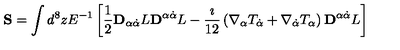
{ \bf S } = \int d ^ { 8 } z E ^ { - 1 } \left[ \frac { 1 } { 2 } { \bf D } _ { \alpha \dot { \alpha } } L { \bf D } ^ { \alpha \dot { \alpha } } L - \frac { \imath } { 1 2 } \left( \nabla _ { \alpha } T _ { \dot { \alpha } } + \nabla _ { \dot { \alpha } } T _ { \alpha } \right) { \bf D } ^ { \alpha \dot { \alpha } } L \right]